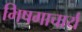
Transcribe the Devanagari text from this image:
भिषगाचार्य